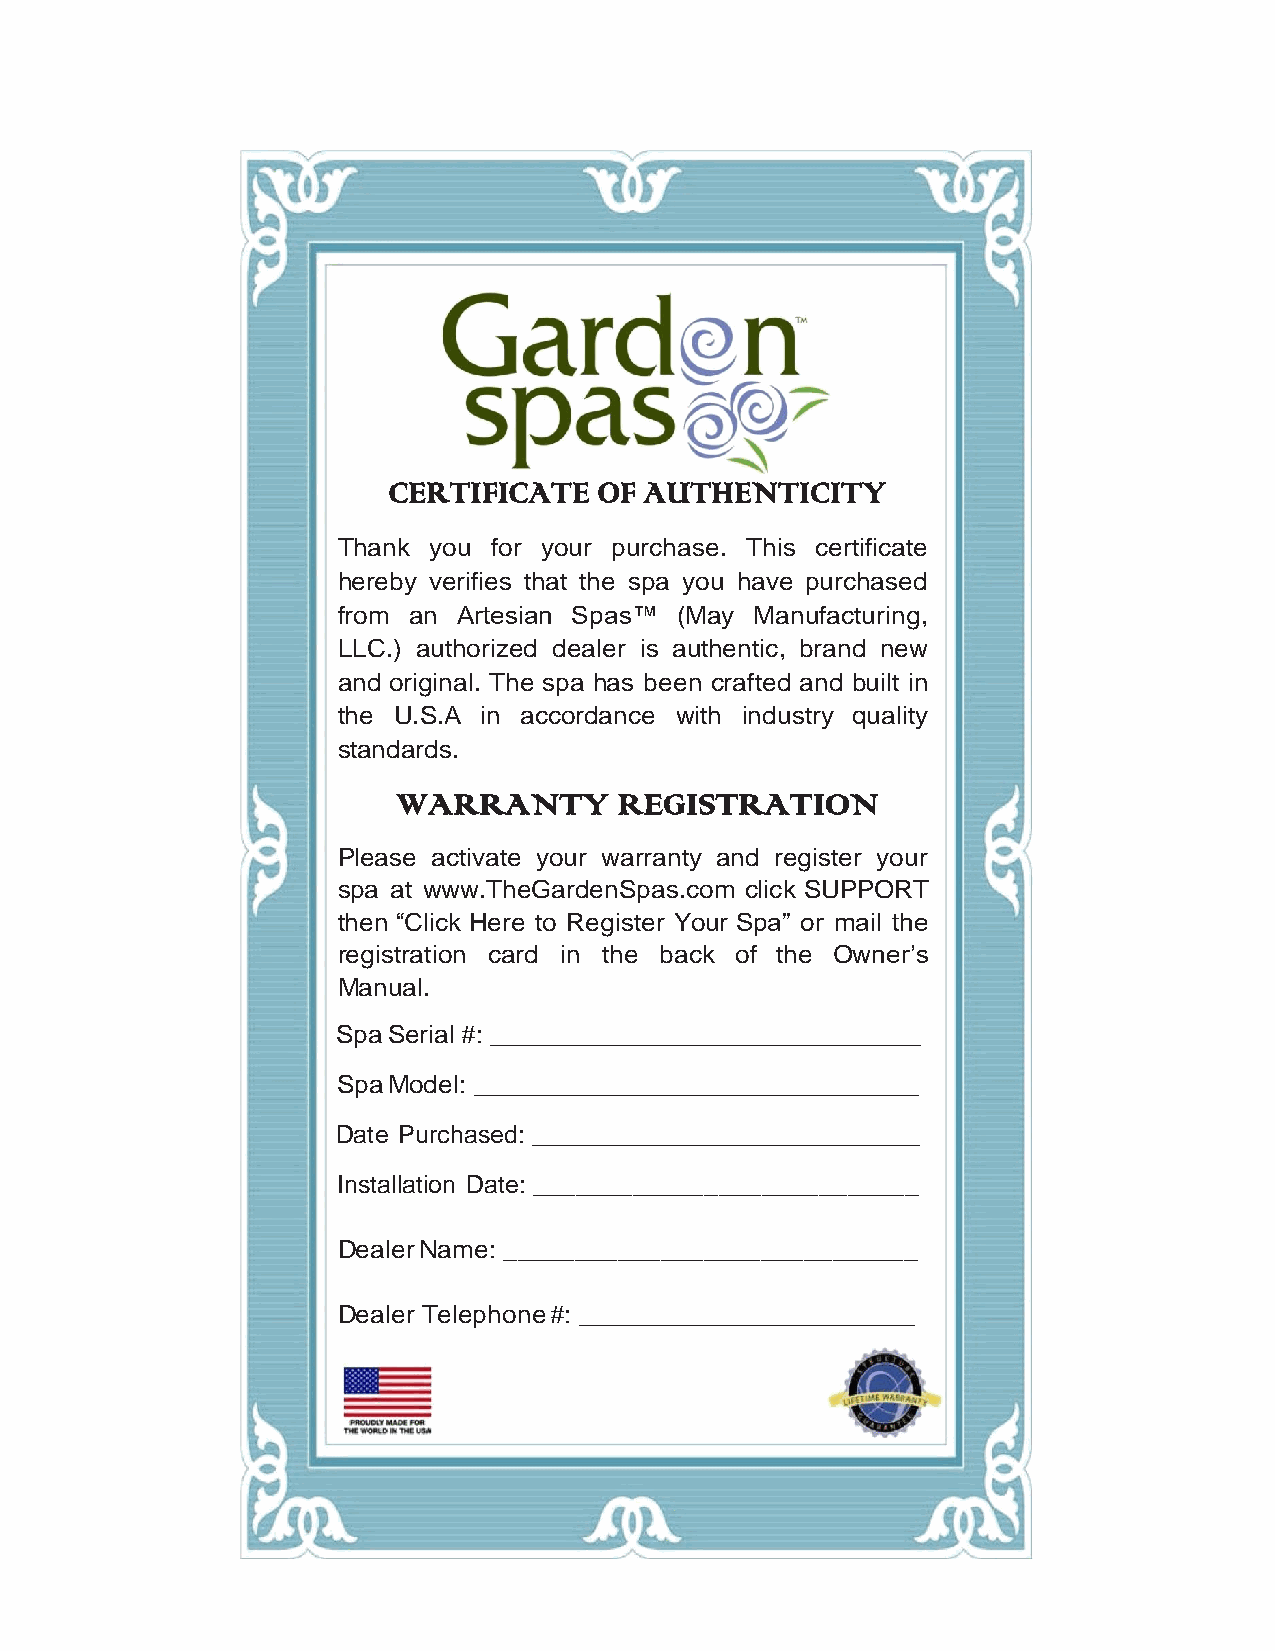
CERTIFICATE   OF AUTHENTICITY
 Thank you  for your purchase. This certificate
 hereby verifies that the spa you have purchased
 from an Artesian Spas™ (May Manufacturing,
 LLC.) authorized dealer is authentic, brand new
 and original. The spa has been crafted and built in
 the U.S.A in accordance with industry quality
 standards.
 WARRANTY       REGISTRATION
 Please activate your warranty and register your
 spa at www.TheGardenSpas.com click SUPPORT
 then “Click Here to Register Your Spa” or mail the
 registration card in the back of the Owner’s
 Manual.
 Spa Serial #: _______________________________
 Spa Model: ________________________________
 Date Purchased: ____________________________
 Installation Date: ___________________________
 Dealer Name: _____________________________
 Dealer Telephone #: _______________________